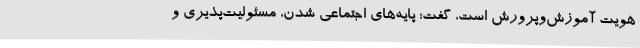
هویت آموزش‌وپرورش است، گفت: پایه‌های اجتماعی شدن، مسئولیت‌پذیری و